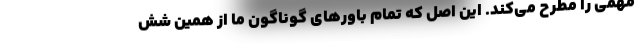
مهمی را مطرح می‌کند. این اصل که تمام باورهای گوناگون ما از همین شش